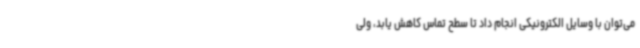
می‌توان با وسایل الکترونیکی انجام داد تا سطح تماس کاهش یابد، ولی